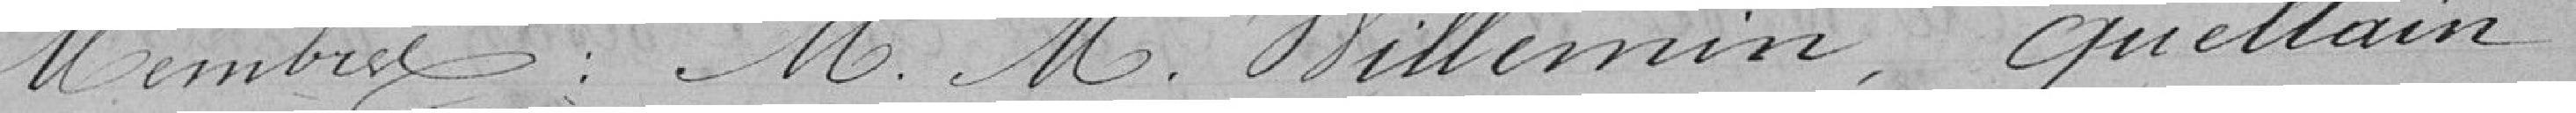
membres M.M. Willemin, Quellain